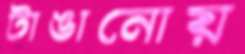
টাঙানোয়